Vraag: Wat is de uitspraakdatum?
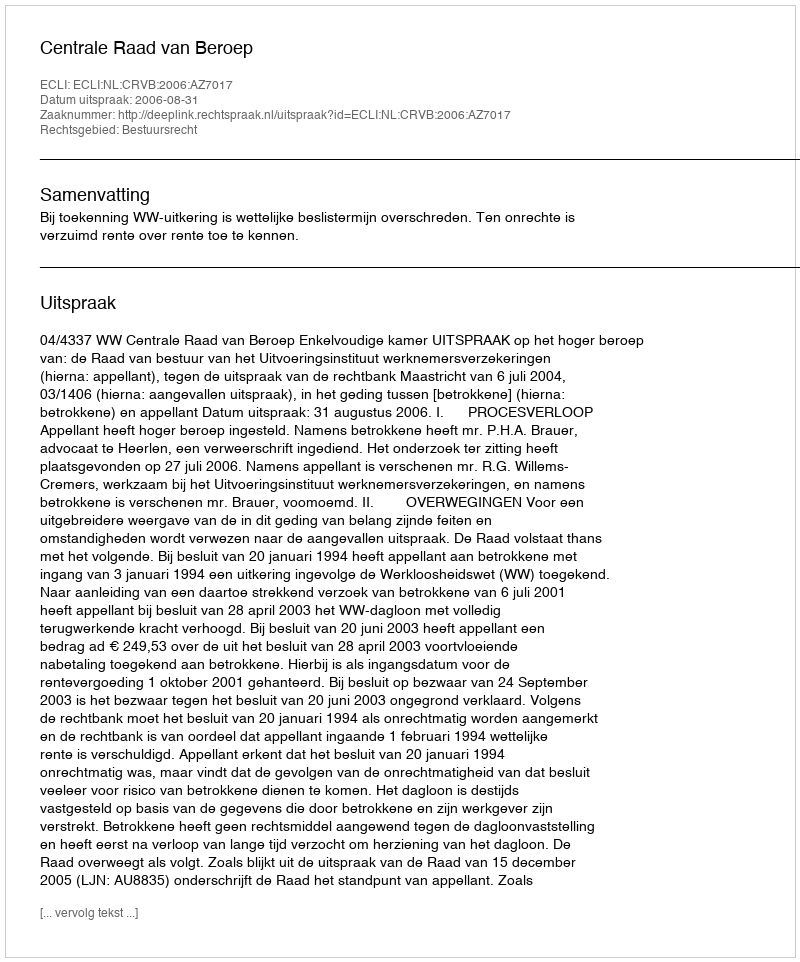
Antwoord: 2006-08-31